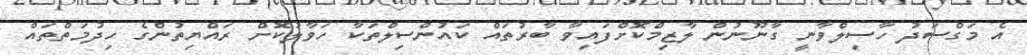
އެ މަގްސަދު ހާސިލްވާނީ ގާނޫނުން ލާޒިމްކޮށްފައިވާ ބާރުތައް ކައުންސިލްތަކާ ހަވާލުކޮށް ރައްޔިތުންގެ ހިދުމަތްތައް